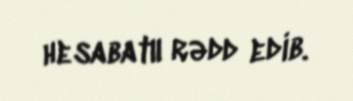
hesabatıı rədd edib.